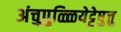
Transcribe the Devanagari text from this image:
अंचुपुळ्ळियेट्टेषु़त्तु